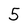
Character: 5